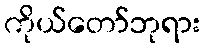
ကိုယ်တော်ဘုရား